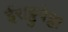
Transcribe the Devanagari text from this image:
ईराट्टुपेट्टा